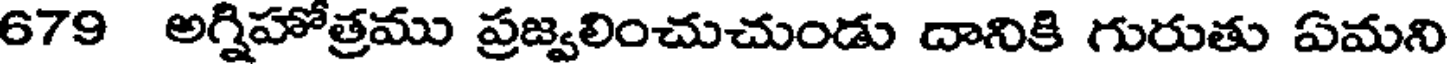
679 అగ్నిహోత్రము ప్రజ్వలించుచుండు దానికి గురుతు ఏమని